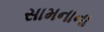
સામનાના